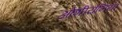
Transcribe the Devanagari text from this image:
ओशीयेनिया